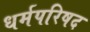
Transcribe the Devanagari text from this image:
धर्मपरिषद